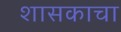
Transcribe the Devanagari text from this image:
शासकाचा